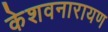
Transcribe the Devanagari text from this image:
केशवनारायण